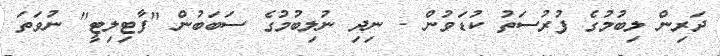
ދަރިން ލިބުމުގެ ފުރުސަތު ކުޑަވުން - ނިދި ނުލިބުމުގެ ސަބަބުން "ފާޓިލިޓީ" ނުވަތަ